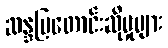
ဆန္ဒပြတောင်းဆိုမှုများ